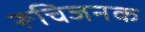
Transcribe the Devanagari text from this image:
रूचिजनक